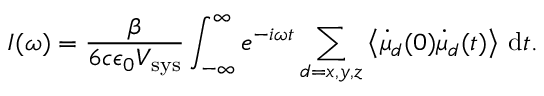
I ( \omega ) = { \frac { \beta } { 6 c \epsilon _ { 0 } V _ { \mathrm { s y s } } } } \int _ { - \infty } ^ { \infty } e ^ { - i \omega t } \sum _ { d = x , y , z } \left< \dot { \mu } _ { d } ( 0 ) \dot { \mu } _ { d } ( t ) \right> \, \mathrm { d } t .